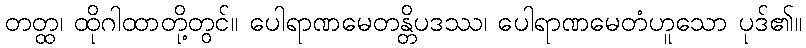
တတ္ထ၊ ထိုဂါထာတို့တွင်။ ပေါရာဏမေတန္တိပဒဿ၊ ပေါရာဏမေတံဟူသော ပုဒ်၏။